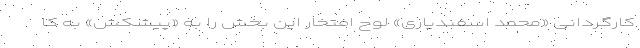
کارگردانی «محمد اسفندیاری» لوح افتخار این بخش را به «پیشکش» به کا